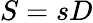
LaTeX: S=sD